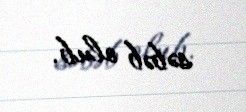
səbəb olub.